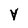
Character: Y